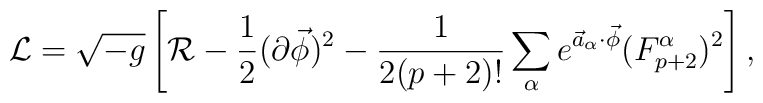
{\cal L}=\sqrt{-g}\left[{\cal R}-{1\over 2}(\partial\vec{\phi})^2-{1\over{2(p+2)!}}\sum_{\alpha}e^{\vec{a}_{\alpha}\cdot\vec{\phi}}(F^{\alpha}_{p+2})^2\right],